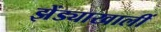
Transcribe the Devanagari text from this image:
झेंड्याखालीं